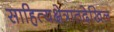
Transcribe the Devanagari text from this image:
साहित्यक्षेत्रातदेखिल